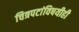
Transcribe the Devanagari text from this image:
चित्रपटांविषयीही